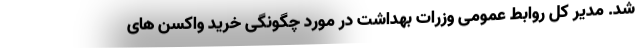
شد. مدیر کل روابط عمومی وزرات بهداشت در مورد چگونگی خرید واکسن های